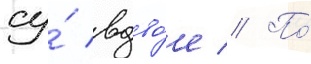
су́ вдво́е // По́